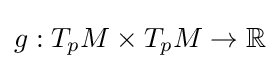
g:T_{p}M\times T_{p}M\to \mathbb {R}